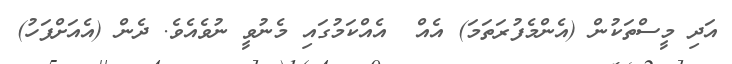
އަދި މީސްތަކުން (އެންމެފުރަތަމަ) އެއް  އެއްކަމުގައި މެނުވީ ނުވެއެވެ. ދެން (އެއަށްފަހު)